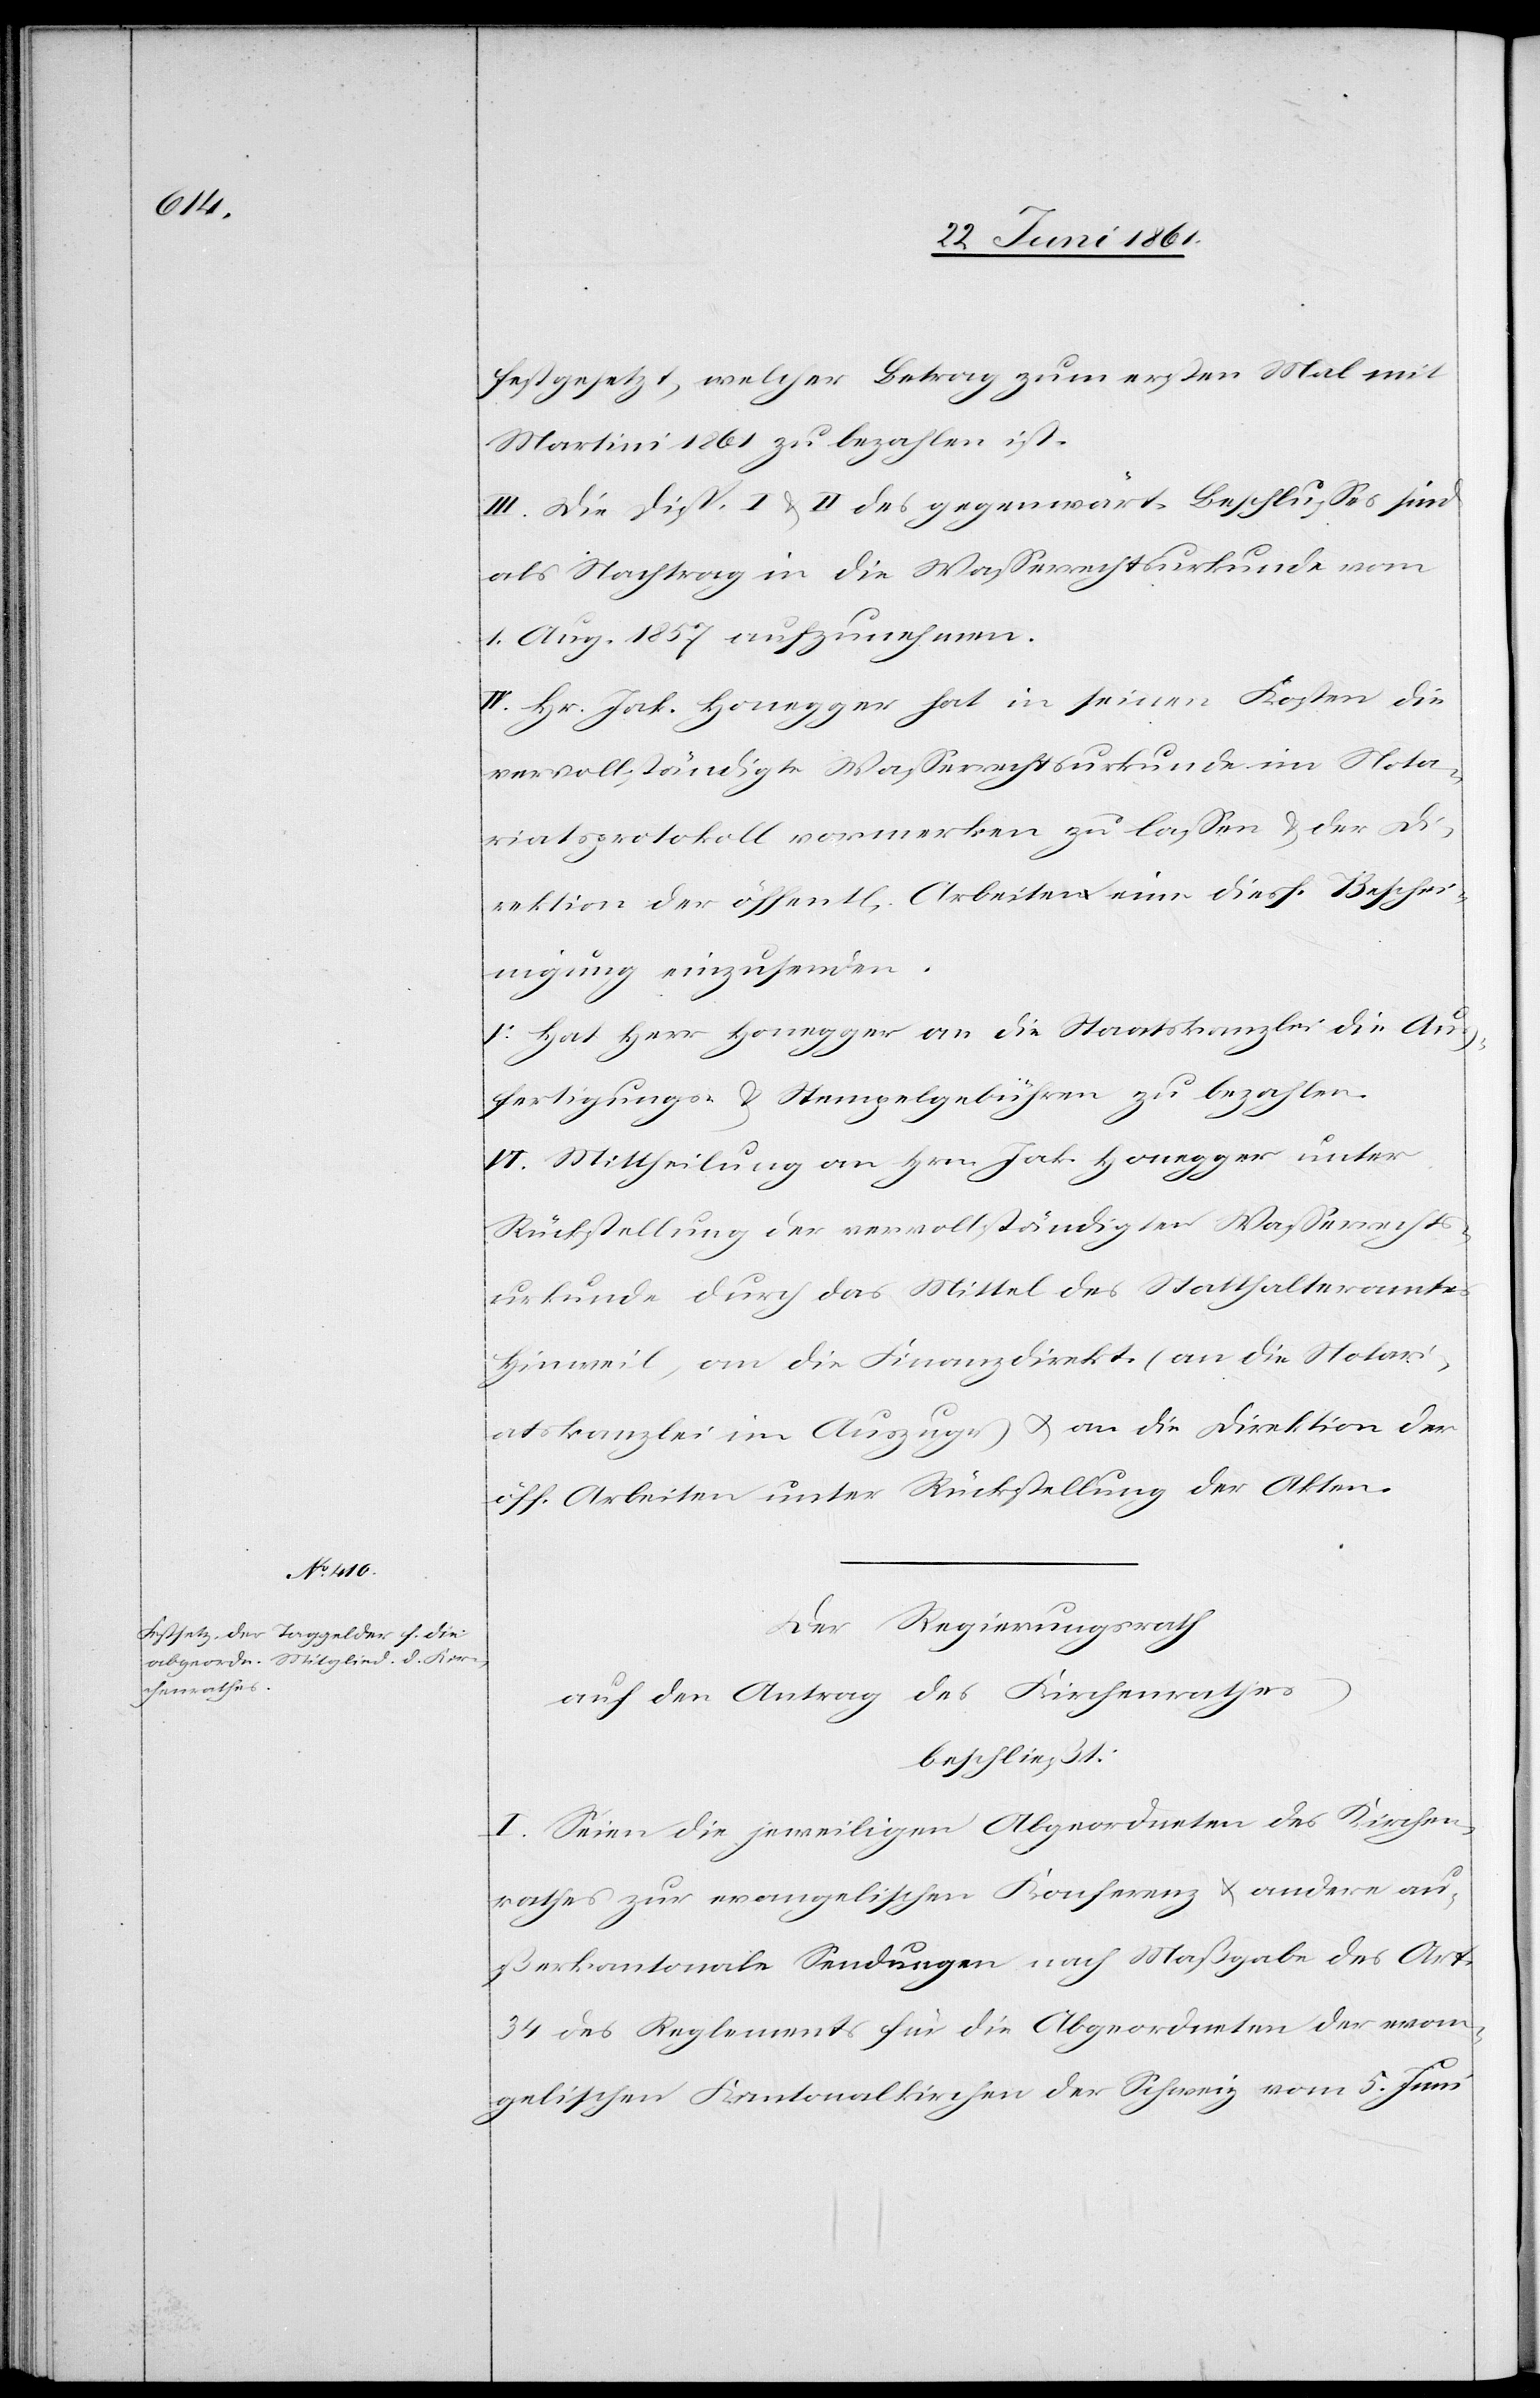
festgesetzt, welcher Betrag zum ersten Mal mit
Martini 1861 zu bezahlen ist.
III. Die Disp. I u. II des gegenwärt. Beschlusses sind
als Nachtrag in die Wasserrechtsurkunde vom
1. Aug. 1857 aufzunehmen.
IV. Hr. Jak. Honegger hat in seinen Kosten die
vervollständigte Wasserrechturkunde im Nota¬
riatsprotokoll vormerken zu lassen u. der Di¬
rektion der öffent[lichen] Arbeiten eine diesf. Besche¬
inigung einzusenden.
V. Hat Herr Honegger an die Staatskanzlei die Aus¬
fertigungs- u. Stempelgebühren zu bezahlen.
ger unter
VI. Mittheilung an Hrn. Jak. Honeg¬
Rückstellung der vervollständigten Wasserrechts¬
urkunde durch das Mittel des Statthalteramtes
Hinweil, an die Finanzdirekt. (an die Notari¬
atskanzlei im Auszuge) u. an die Direktion der
öff. Arbeiten unter Rückstellung der Akten.
Der Regierungsrath
auf den Antrag des Kirchenrathes
beschließt:
I. Seien die jeweiligen Abgeordneten des Kirchen¬
rathes zur evangelischen Konferenz u. andere aus¬
serkantonale Sendungen nach Maßgabe des Art.
34 des Reglements für die Abgeordneten der evan¬
gelischen Kantonalkirchen der Schweiz vom 5. Juni